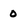
Character: 0